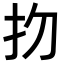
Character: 𢩶